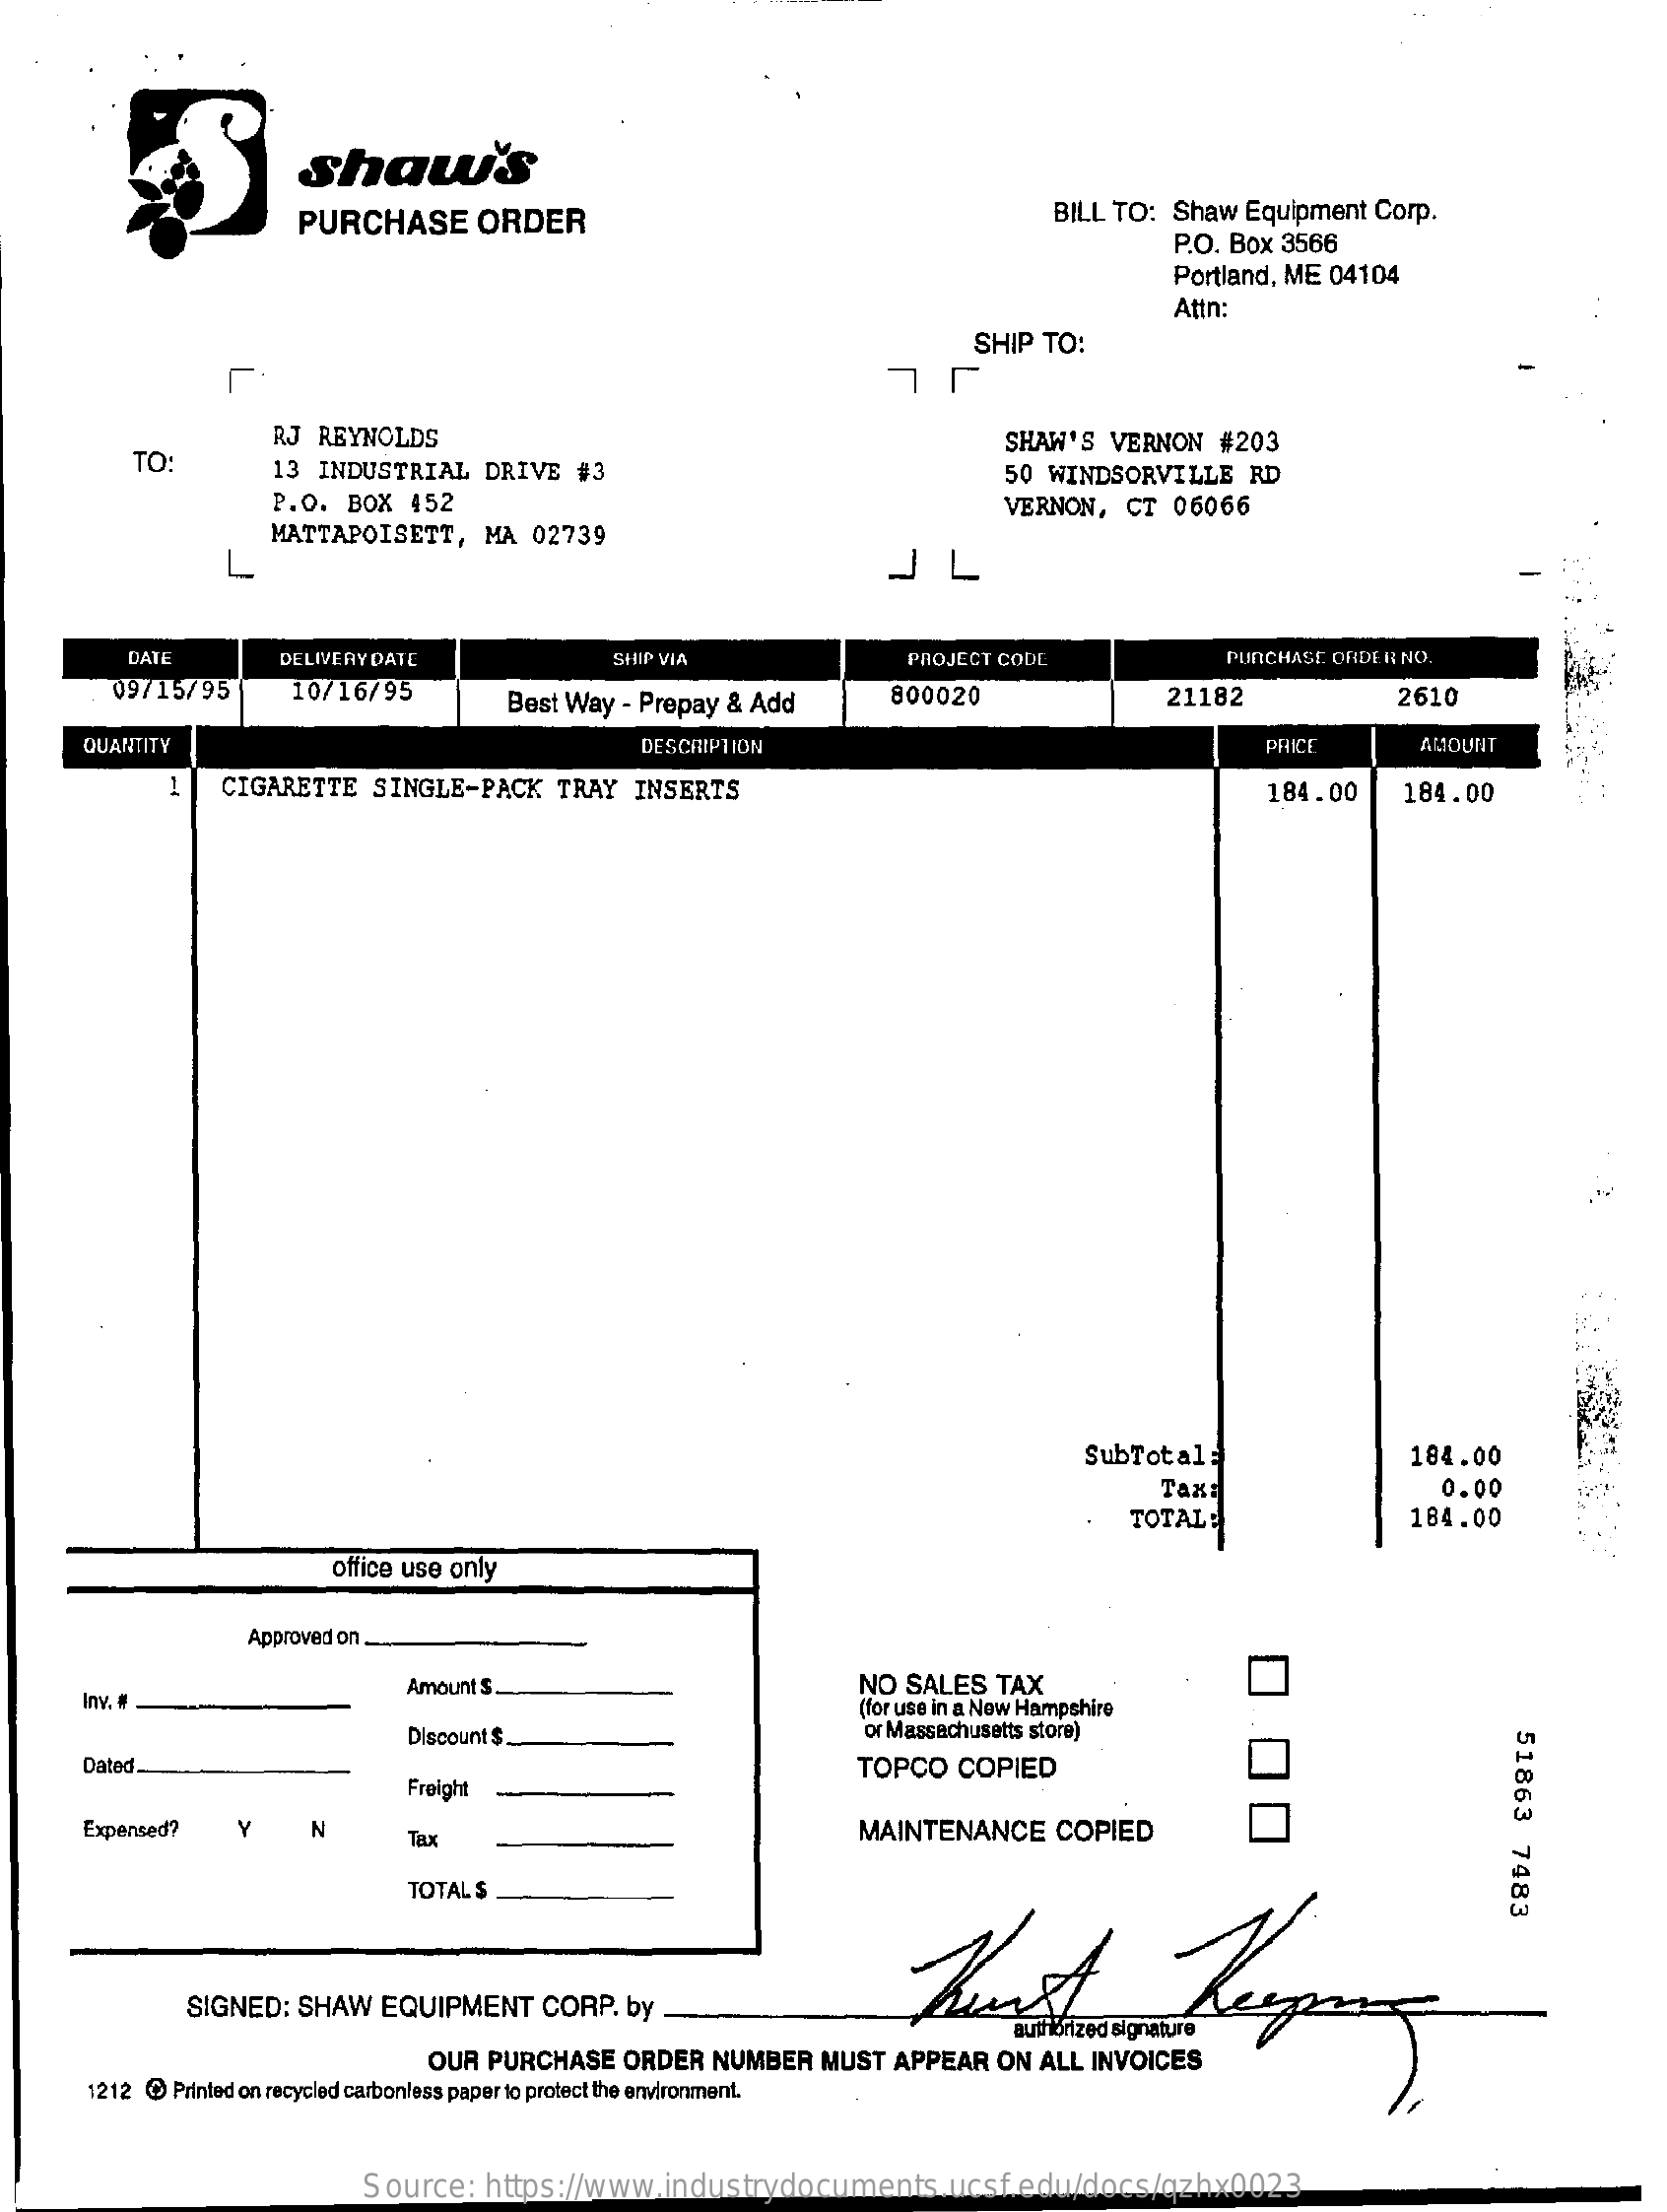
Shaw's
     PURCHASE    ORDER    BILL TO:   Shaw  Equipment   Corp.
     P.O. Box  3566
     Portland, ME  04104
     Attn:
     SHIP  TO:
     RJ  REYNOLDS
     JL
     TO:
     SHAW'S    VERNON    #203
     13 INDUSTRIAL    DRIVE    #3
     P.O.  BOX   452
     50  WINDSORVILLE    RD
     MATTAPOISETT,    MA  02739
     VERNON,    CT   06066
     L    JL
     DATE    DELIVERY DATE    SHIP VIA    PROJECT CODE    PURCHASE ORDER  NO.
     09/15/95    10/16/95    Best Way   - Prepay &  Add    800020    21182    2610
     QUANTITY    DESCRIPTION    PRICE    AMOUNT
     1    CIGARETTE    SINGLE-PACK    TRAY   INSERTS    184.00    184.00
     SubTotal=    184.00
     Tax:    0.00
     TOTAL:    184.00
     office use only
     Approved on
     Inv. ..
     Amount S.    NO  SALES    TAX
     (for use in a New Hampshire
     Discount $    or Massachusetts store)
     51863
     7483
     Dated.
     Freight
     TOPCO    COPIED
     Expensed?    N    Tax    MAINTENANCE    COPIED
     >
     TOTAL $
     SIGNED:    SHAW   EQUIPMENT    CORP.   by
     OUR  PURCHASE    ORDER   NUMBER    MUST   APPEAR    ON ALL  INVOICES
     1212  @ Printed on recycled carbonless paper to protect the environment.
     Source:    https://www.industrydocuments.ucsf.edu/docs/qzhx0023